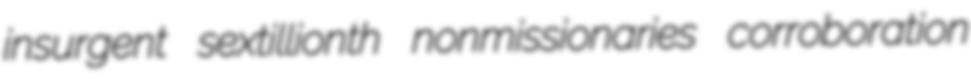
insurgent sextillionth nonmissionaries corroboration